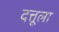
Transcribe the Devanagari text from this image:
दत्तूला